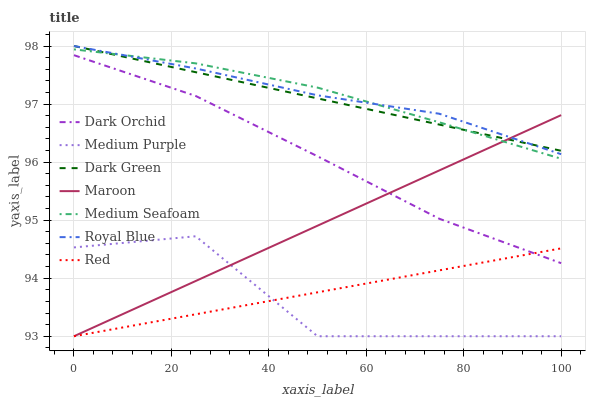
| xaxis_label | Dark Orchid | Medium Purple | Dark Green | Maroon | Medium Seafoam | Royal Blue | Red |
 | --- | --- | --- | --- | --- | --- | --- | --- |
 | 0 | 97.8 | 94.5 | 98 | 93 | 97.9 | 98 | 93 |
 | 25 | 97.1 | 94.7 | 97.5 | 94 | 97.7 | 97.6 | 93.4 |
 | 50 | 96.1 | 93 | 97.1 | 94.9 | 97.3 | 97.2 | 93.8 |
 | 75 | 95 | 93 | 96.6 | 95.9 | 96.7 | 96.8 | 94.1 |
 | 100 | 94.3 | 93 | 96.2 | 96.8 | 96.1 | 96.1 | 94.5 |